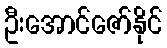
ဦးအောင်ဇော်နိုင်